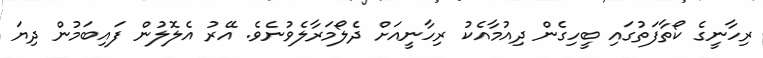
ރިހާނީގެ ކޯތާފަތުގައި ބީހިގެން ދިއުމާއެކު ރިހާނީއަށް ދެލޯމަރާލެވުނެވެ. އޭރު އެލޮލުން ފައިބަމުން ދިޔަ